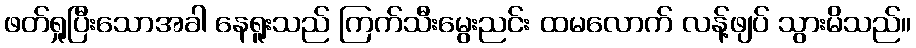
ဖတ်ရှုပြီးသောအခါ နေရူးသည် ကြက်သီးမွေးညင်း ထမလောက် လန့်ဖျပ် သွားမိသည်။